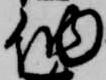
納